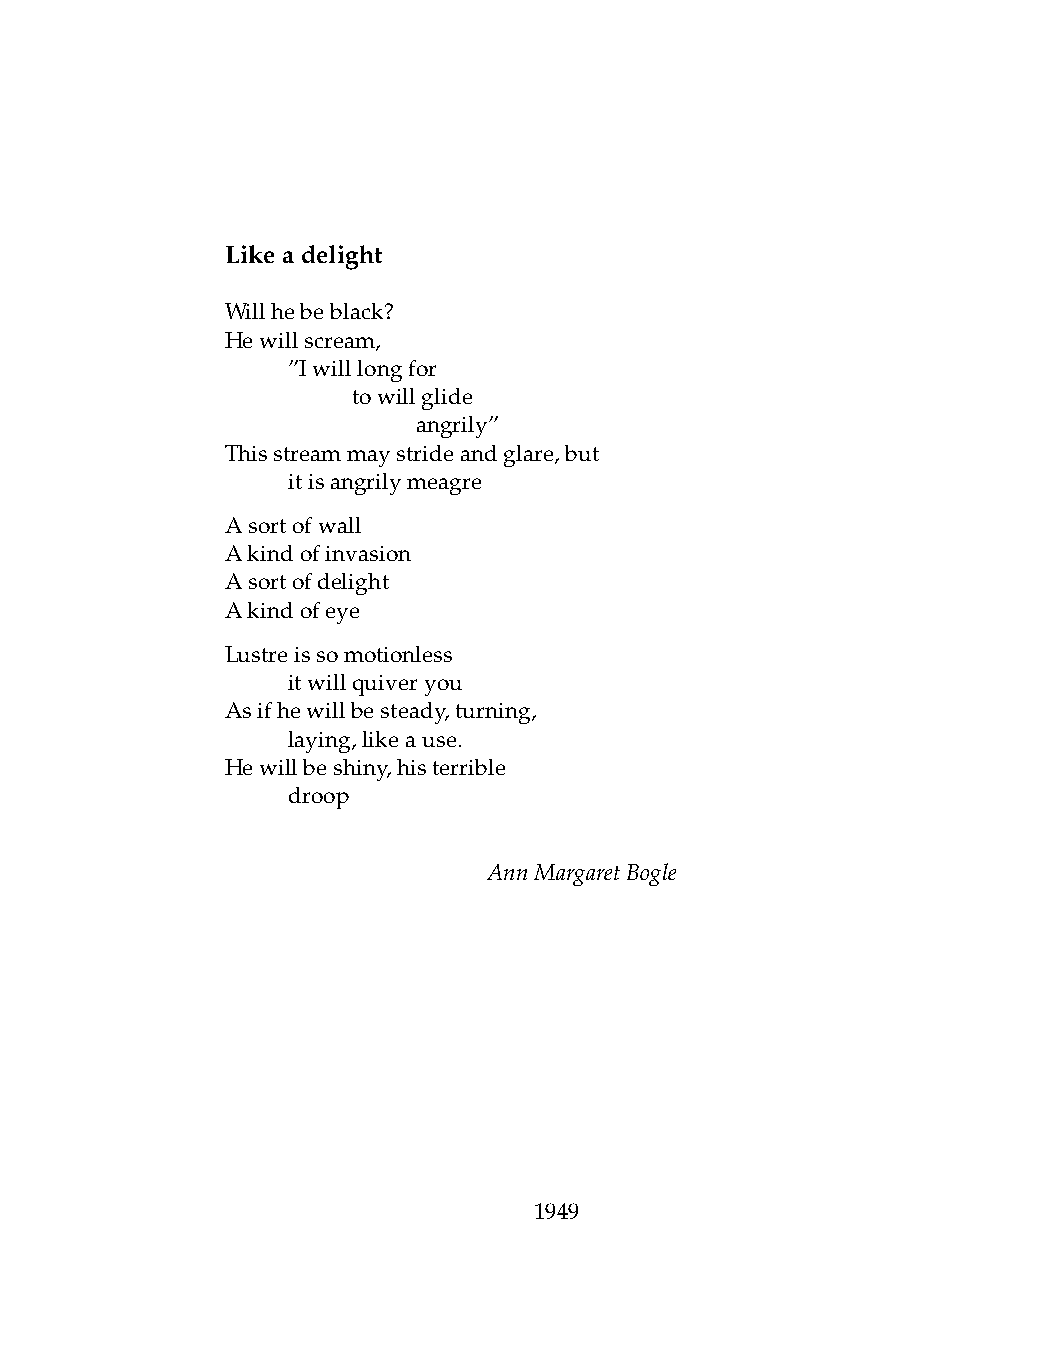
Likeadelight
 Willhebeblack?
 Hewillscream,
 .   ”Iwilllongfor
 .   .   towillglide
 .   .   .    angrily”
 Thisstreammaystrideandglare,but
 .   itisangrilymeagre
 Asortofwall
 Akindofinvasion
 Asortofdelight
 Akindofeye
 Lustreissomotionless
 .   itwillquiveryou
 Asifhewillbesteady,turning,
 .   laying,likeause.
 Hewillbeshiny,histerrible
 .   droop
 AnnMargaretBogle
 1949